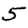
Digit: 5